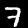
Digit: 7